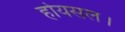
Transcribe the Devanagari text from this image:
होयसल।